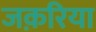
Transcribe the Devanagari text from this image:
जक़रिया